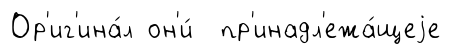
Ор'иг'ина́л он'и́ пр'инадл'ежа́щеjе